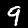
Digit: 9